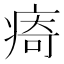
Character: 㾨